Vaccine operations Central Provinces 1868-1885 - 1868-1885
Year: 1868
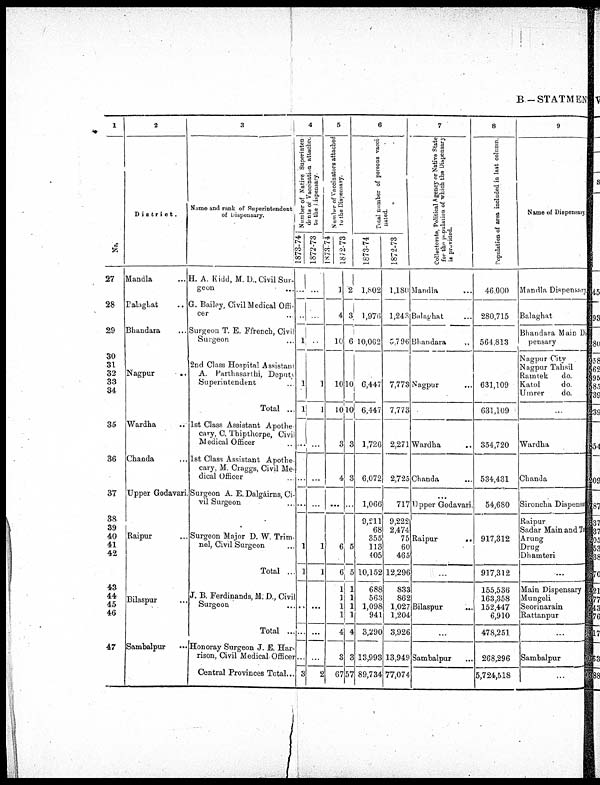
B—STATMEN
1
No.
27
28
29
30
31
32
33
34
35
36
37
38
39
40
41
42
43
44
45
46
47
2
District.
Mandla ...
Palaghat
..
Bhandara ...
Nagpur
..
Wardha ...
Chanda ...
Upper Godavari.
Raipur ...
Bilaspur ...
Sambalpur
...
3
Name and rank of superintendent
of Dispensary.
H. A. Kidd, M.D.. Civil Sur-
geon ...
G. Bailey, Civil Medical Offi-
cer ..
Surgeon T. E. F french, Civil
Surgaon ...
2nd Class Hospital Assistant
A. Parthasarthi, Deputy
Superintendent ...
Total ...
1st Class Assistant Apothe¬
cary, C. Thipthorpe, Civil
Medical Officer ...
1st Class Assistant Apothe-
cary, M. Craggs, Civil Me-
dical Officer
Surgeon A. E. Dalgairns, Ci-
vil Surgeon ...
Surgeon Major D. W. Trim¬
nel, Civil Surgeon ...
Total ...
J. B. Ferdinands, M. D., Civil
Surgeon ...
Total ..
Honoray Surgeon J. E. Har-
rison, Civil Medical Officer
Central Provinces Total..
4
Number of Native Superinten¬
dents of Vaccination attached
to the Dispensary.
1873-74
...
...
1
1
1
...
...
...
1
1
1
...
. 3
1872-73
...
...
...
1
1
...
...
...
1
1
...
...
...
2
5
Number of Vaccinators attached
to the Dispensary.
1873-74
1872-73
1
4
10
10
2
3
6
10
10
3
4
...
6
6
1
1
1
1
4
3
67
10
3
3
...
5
5
1
1
1
1
4
3
57
6
Total number of persons vacci-
nated.
1873-74
1,802
1,976
10,062
6,447
6,447
1,726
6,072
1,066
9,211
68
355
113
105
10,152
688
563
1,098
941
3,290
13,993
89,734
1872-73
1,180
1,243
5,796
7,773
7,773
2,271
2,725
717
9,222
2,474
75
60
46S
12,296
833
862
1,027
1,204
3,926
13,949
77,074
7
Collectorate, Political Agency or Native State
for the population of which the Dispensary
is provided.
Mandla ...
Balaghat ...
Bhandara
..
Nagpur ...
Wardha
Chanda
Upper Godavari.
Raipur
...
Bilaspur ...
...
Sambalpur
8
Population of area included in last column.
46,000
280,715
564,813
631,109
631,109
354,720
534,431
54,680
917,312
917,312
155,536
163,358
152,447
6,910
478,251
268,296
5,724,518
9
Name of Dispensary.
Mandla Dispensary
Balaghat
Bhandara Main Di¬
pensary
Nagpur City
Nagpur Tahsil
Ramtek
do.
Katol
do
Umrer
do.
...
Wardha
Chanda
Sironcha Dispensar
Raipur
Sadar Main and To
Arung
Drug
Dhamteri
...
Main Dispensary
Mungeli
Seorinarain
Rattanpur
...
Sambalpur
...